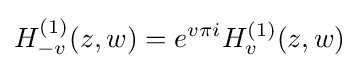
H_{-v}^{(1)}(z,w)=e^{v\pi i}H_{v}^{(1)}(z,w)